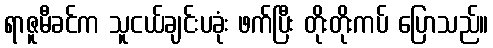
ရာဇူမီခင်က သူငယ်ချင်းပခုံး ဖက်ပြီး တိုးတိုးကပ် ပြောသည်။